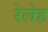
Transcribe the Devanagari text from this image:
रेलेह